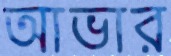
আভার